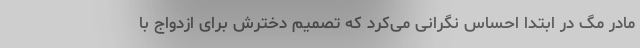
مادر مگ در ابتدا احساس نگرانی می‌کرد که تصمیم دخترش برای ازدواج با